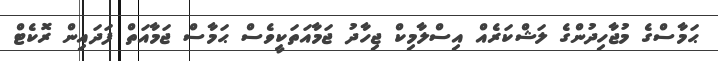
ޙަމާސްގެ މުުޖާހިދުންގެ ލަޝްކަރެއް އިސްލާމިކް ޖިހާދު ޖަމާއަތަކީވެސް ޙަމާސް ޖަމާއަތް ފަދައިން ރޮކެޓް